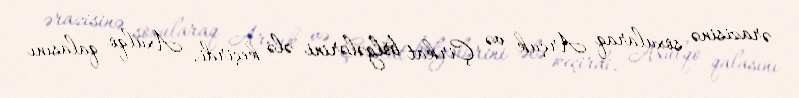
ərazisinə soxularaq Arçuk və Çirkat bölgələrini ələ keçirdi, Axulqo qalasını